Annual report of the Punjab Veterinary College and of the Civil Veterinary Department, Punjab - 1926-1932
Year: 1926
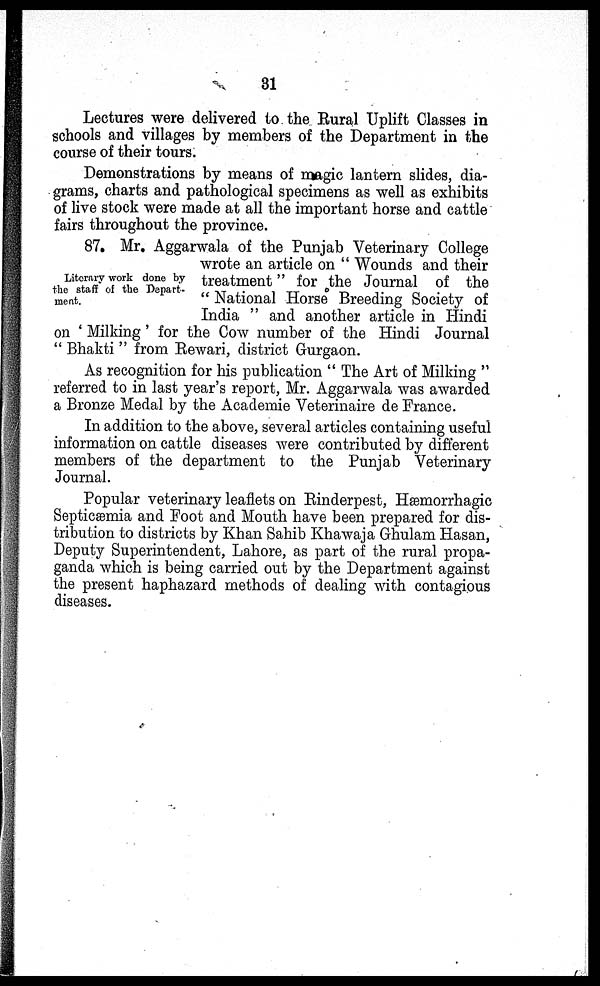
31
Lectures were delivered to the Rural Uplift Classes in
schools and villages by members of the Department in the
course of their tours.
Demonstrations by means of magic lantern slides, dia-
grams, charts and pathological specimens as well as exhibits
of live stock were made at all the important horse and cattle
fairs throughout the province.
Literary work done by
the staff of the Depart-
ment.
87. Mr. Aggarwala of the Punjab Veterinary College
wrote an article on "Wounds and their
treatment" for the Journal of the
"National Horse Breeding Society of
India" and another article in Hindi
on 'Milking' for the Cow number of the Hindi Journal
"Bhakti" from Rewari, district Gurgaon.
As recognition for his publication "The Art of Milking"
referred to in last year's report, Mr. Aggarwala was awarded
a Bronze Medal by the Academie Veterinaire de France.
In addition to the above, several articles containing useful
information on cattle diseases were contributed by different
members of the department to the Punjab Veterinary
Journal.
Popular veterinary leaflets on Rinderpest, Hæmorrhagic
Septicæmia and Foot and Mouth have been prepared for dis-
tribution to districts by Khan Sahib Khawaja Ghulam Hasan,
Deputy Superintendent, Lahore, as part of the rural propa-
ganda which is being carried out by the Department against
the present haphazard methods of dealing with contagious
diseases.